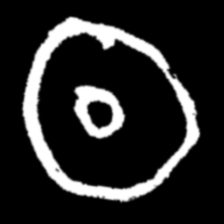
Pyu character \u2014 Myanmar letter: ထ (romanized: tha)